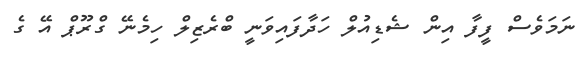
ނަމަވެސް ފީފާ އިން ޝެޑިއުލް ހަދާފައިވަނީ ބްރެޒިލް ހިމެނޭ ގްރޫޕް އޭ ގެ